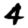
Digit: 4